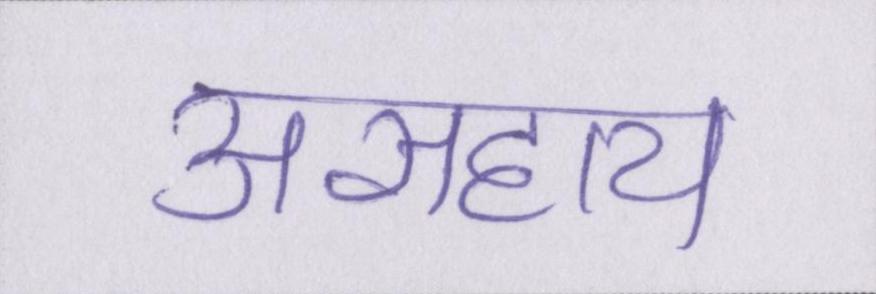
असहाय